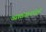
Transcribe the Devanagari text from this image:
व्याख्यानांद्वारे